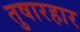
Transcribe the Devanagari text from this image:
तुषारहार